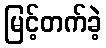
မြင့်တက်ခဲ့